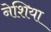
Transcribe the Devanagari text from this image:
नेशिया